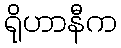
ရိုဟာနီက